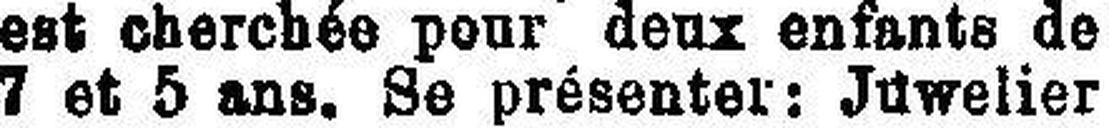
7 et 5 ans. Se présenter: Juwelier